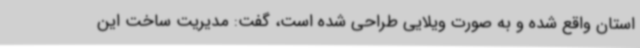
استان واقع شده و به صورت ویلایی طراحی شده است، گفت: مدیریت ساخت این